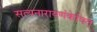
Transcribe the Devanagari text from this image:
सत्यनारायणंकेचित्